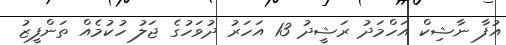
އުފާ ނާޝިކް އަހްމަދު ރަޝީދު 13 އަހަރު ދުވަހުގެ ޖަލު ހުކުމެއް ތަންފީޒު